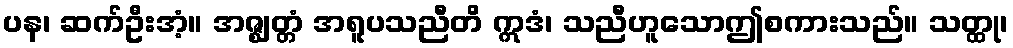
ပန၊ ဆက်ဦးအံ့။ အဇ္ဈတ္တံ အရူပသညီတိ ဣဒံ၊ သညီဟူသောဤစကားသည်။ သတ္ထု၊